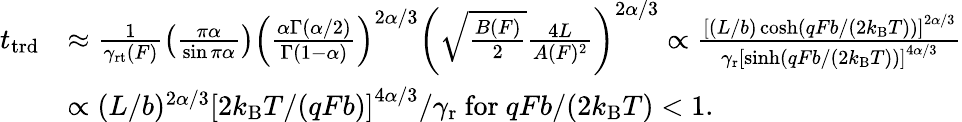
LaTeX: \begin{array}{rl}{t_{\mathrm{trd}}}&{\approx\frac{1}{\gamma_{\mathrm{rt}}(F)}\left(\frac{\pi\alpha}{\sin\pi\alpha}\right)\left(\frac{\alpha\Gamma(\alpha/2)}{\Gamma(1-\alpha)}\right)^{2\alpha/3}\left(\sqrt{\frac{B(F)}{2}}\frac{4L}{A(F)^{2}}\right)^{2\alpha/3}\propto\frac{\left[(L/b)\cosh(qFb/(2k_{\mathrm{B}}T))\right]^{2\alpha/3}}{\gamma_{\mathrm{r}}\left[\sinh(qFb/(2k_{\mathrm{B}}T))\right]^{4\alpha/3}}}\\ &{\propto(L/b)^{2\alpha/3}\left[2k_{\mathrm{B}}T/(qFb)\right]^{4\alpha/3}/\gamma_{\mathrm{r}}\mathrm{~for~}qFb/(2k_{\mathrm{B}}T)<1.}\end{array}